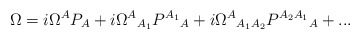
\begin{align*}\Omega=i\Omega^AP_A+i{\Omega^A}_{A_1}{P^{A_1}}_A+i{\Omega^A}_{A_1A_2}{P^{A_2A_1}}_A+...\end{align*}